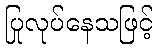
ပြုလုပ်နေသဖြင့်